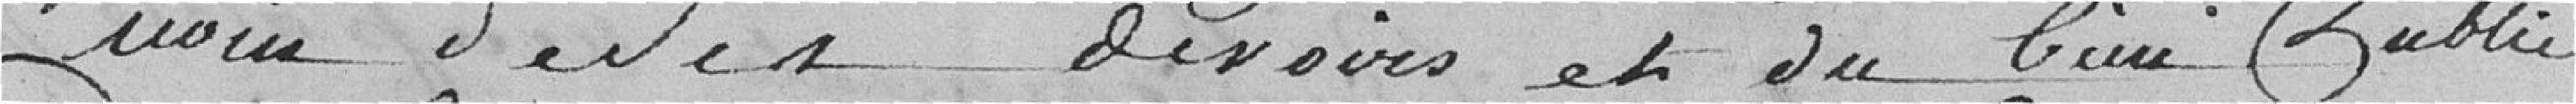
nom de ses devoirs et du bien public